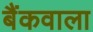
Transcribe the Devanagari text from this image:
बैंकवाला